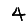
Digit: 4